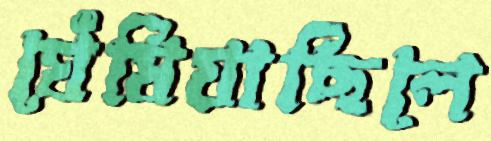
ঘেঁষিয়াছিলে